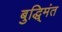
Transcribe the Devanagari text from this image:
बुद्धि्मंत